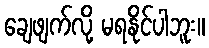
ချေဖျက်လို့ မရနိုင်ပါဘူး။